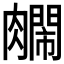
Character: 𫆺